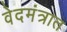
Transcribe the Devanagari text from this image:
वेदमंत्रात